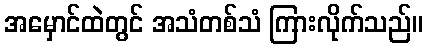
အမှောင်ထဲတွင် အသံတစ်သံ ကြားလိုက်သည်။